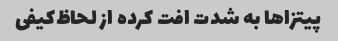
پیتزا‌ها به شدت افت کرده از لحاظ‌کیفی